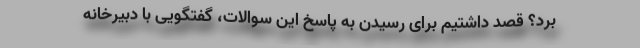
برد؟ قصد داشتیم برای رسیدن به پاسخ این سوالات، گفتگویی با دبیرخانه